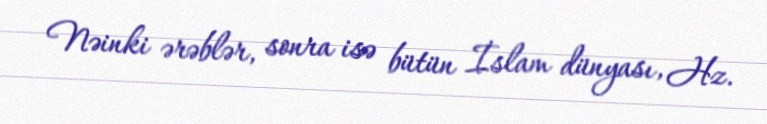
Nəinki ərəblər, sonra isə bütün İslam dünyası, Hz.